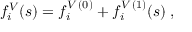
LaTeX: f _ { i } ^ { V } ( s ) = f _ { i } ^ { V \, ( 0 ) } + f _ { i } ^ { V \, ( 1 ) } ( s ) \; ,